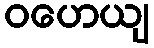
ဝဟေယျ